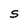
Character: S